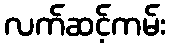
လက်ဆင့်ကမ်း